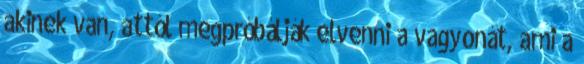
akinek van, attól megpróbálják elvenni a vagyonát, ami a